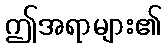
ဤအရာများ၏